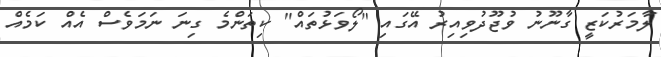
ލާމަރުކަޒީ ގާނޫނު ވުޖޫދުވިއިރު އޭގައި "ލޯވަޅުތައް" ކިތަންމެ ގިނަ ނަމަވެސް އެއް ކަމެއް